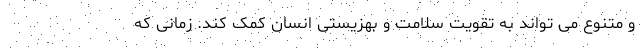
و متنوع می تواند به تقویت سلامت و بهزیستی انسان کمک کند. زمانی که